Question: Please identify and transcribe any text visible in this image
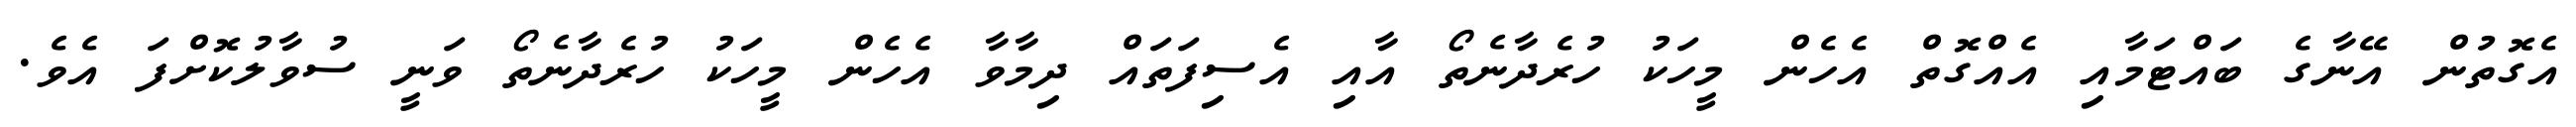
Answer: އެގޮތުން އޭނާގެ ބައްޓަމާއި އެއްގޮތް އެހެން މީހަކު ހުރެދާނެތޯ އާއި އެސިފަތައް ދިމާވާ އެހެން މީހަކު ހުރެދާނެތޯ ވަނީ ސުވާލުކޮށްފަ އެވެ.